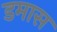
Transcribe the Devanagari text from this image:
डमास